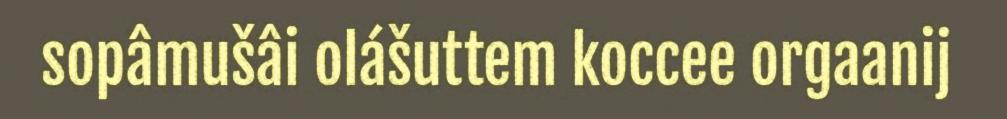
sopâmušâi olášuttem koccee orgaanij